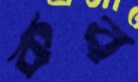
কব্